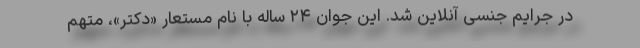
در جرایم جنسی آنلاین شد. این جوان ۲۴ ساله با نام مستعار «دکتر»، متهم